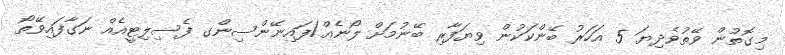
މިގޮތުން ވޭތުވެދިޔަ 5 އަހަރު ބޭންކަކުން ވިޔަފާރި ބޭނުމަށް ލޯނެއް/ފައިނޭންސިންގ ފެސިލިޓީއެއް ނަގާފައިވޭތޯ